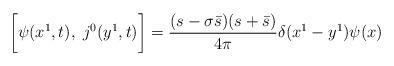
LaTeX: \begin{align*}\biggl[\psi(x^1, t), \;j^0(y^1,t)\biggr] = \frac{(s - \sigma \bar s)(s + \bar s)}{4 \pi} \delta(x^1 - y^1) \psi(x)\end{align*}